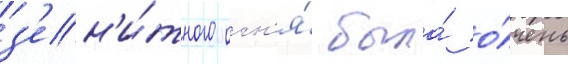
з'ен'и́тного огн'я́ была́ о́чень